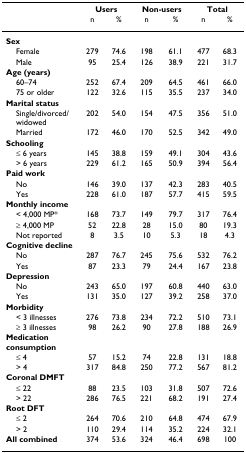
<table><thead><tr><td></td><td colspan="2"><b>Users</b></td><td colspan="2"><b>Non-users</b></td><td colspan="2"><b>Total</b></td></tr><tr><td></td><td><b>n</b></td><td><b>%</b></td><td><b>n</b></td><td><b>%</b></td><td><b>n</b></td><td><b>%</b></td></tr></thead><tbody><tr><td><b>Sex</b></td><td></td><td></td><td></td><td></td><td></td><td></td></tr><tr><td> Female</td><td>279</td><td>74.6</td><td>198</td><td>61.1</td><td>477</td><td>68.3</td></tr><tr><td> Male</td><td>95</td><td>25.4</td><td>126</td><td>38.9</td><td>221</td><td>31.7</td></tr><tr><td><b>Age (years)</b></td><td></td><td></td><td></td><td></td><td></td><td></td></tr><tr><td> 60–74</td><td>252</td><td>67.4</td><td>209</td><td>64.5</td><td>461</td><td>66.0</td></tr><tr><td> 75 or older</td><td>122</td><td>32.6</td><td>115</td><td>35.5</td><td>237</td><td>34.0</td></tr><tr><td><b>Marital status</b></td><td></td><td></td><td></td><td></td><td></td><td></td></tr><tr><td> Single/divorced/widowed</td><td>202</td><td>54.0</td><td>154</td><td>47.5</td><td>356</td><td>51.0</td></tr><tr><td> Married</td><td>172</td><td>46.0</td><td>170</td><td>52.5</td><td>342</td><td>49.0</td></tr><tr><td><b>Schooling</b></td><td></td><td></td><td></td><td></td><td></td><td></td></tr><tr><td> ≤ 6 years</td><td>145</td><td>38.8</td><td>159</td><td>49.1</td><td>304</td><td>43.6</td></tr><tr><td> &gt; 6 years</td><td>229</td><td>61.2</td><td>165</td><td>50.9</td><td>394</td><td>56.4</td></tr><tr><td><b>Paid work</b></td><td></td><td></td><td></td><td></td><td></td><td></td></tr><tr><td> No</td><td>146</td><td>39.0</td><td>137</td><td>42.3</td><td>283</td><td>40.5</td></tr><tr><td> Yes</td><td>228</td><td>61.0</td><td>187</td><td>57.7</td><td>415</td><td>59.5</td></tr><tr><td><b>Monthly income</b></td><td></td><td></td><td></td><td></td><td></td><td></td></tr><tr><td> &lt; 4,000 MP*</td><td>168</td><td>73.7</td><td>149</td><td>79.7</td><td>317</td><td>76.4</td></tr><tr><td> ≥ 4,000 MP</td><td>52</td><td>22.8</td><td>28</td><td>15.0</td><td>80</td><td>19.3</td></tr><tr><td> Not reported</td><td>8</td><td>3.5</td><td>10</td><td>5.3</td><td>18</td><td>4.3</td></tr><tr><td><b>Cognitive decline</b></td><td></td><td></td><td></td><td></td><td></td><td></td></tr><tr><td> No</td><td>287</td><td>76.7</td><td>245</td><td>75.6</td><td>532</td><td>76.2</td></tr><tr><td> Yes</td><td>87</td><td>23.3</td><td>79</td><td>24.4</td><td>167</td><td>23.8</td></tr><tr><td><b>Depression</b></td><td></td><td></td><td></td><td></td><td></td><td></td></tr><tr><td> No</td><td>243</td><td>65.0</td><td>197</td><td>60.8</td><td>440</td><td>63.0</td></tr><tr><td> Yes</td><td>131</td><td>35.0</td><td>127</td><td>39.2</td><td>258</td><td>37.0</td></tr><tr><td><b>Morbidity</b></td><td></td><td></td><td></td><td></td><td></td><td></td></tr><tr><td> &lt; 3 illnesses</td><td>276</td><td>73.8</td><td>234</td><td>72.2</td><td>510</td><td>73.1</td></tr><tr><td> ≥ 3 illnesses</td><td>98</td><td>26.2</td><td>90</td><td>27.8</td><td>188</td><td>26.9</td></tr><tr><td><b>Medication consumption</b></td><td></td><td></td><td></td><td></td><td></td><td></td></tr><tr><td> ≤ 4</td><td>57</td><td>15.2</td><td>74</td><td>22.8</td><td>131</td><td>18.8</td></tr><tr><td> &gt; 4</td><td>317</td><td>84.8</td><td>250</td><td>77.2</td><td>567</td><td>81.2</td></tr><tr><td><b>Coronal DMFT</b></td><td></td><td></td><td></td><td></td><td></td><td></td></tr><tr><td> ≤ 22</td><td>88</td><td>23.5</td><td>103</td><td>31.8</td><td>507</td><td>72.6</td></tr><tr><td> &gt; 22</td><td>286</td><td>76.5</td><td>221</td><td>68.2</td><td>191</td><td>27.4</td></tr><tr><td><b>Root DFT</b></td><td></td><td></td><td></td><td></td><td></td><td></td></tr><tr><td> ≤ 2</td><td>264</td><td>70.6</td><td>210</td><td>64.8</td><td>474</td><td>67.9</td></tr><tr><td> &gt; 2</td><td>110</td><td>29.4</td><td>114</td><td>35.2</td><td>224</td><td>32.1</td></tr><tr><td><b>All combined</b></td><td>374</td><td>53.6</td><td>324</td><td>46.4</td><td>698</td><td>100</td></tr></tbody></table>